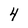
Character: 4